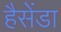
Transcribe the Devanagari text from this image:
हैसेंडा